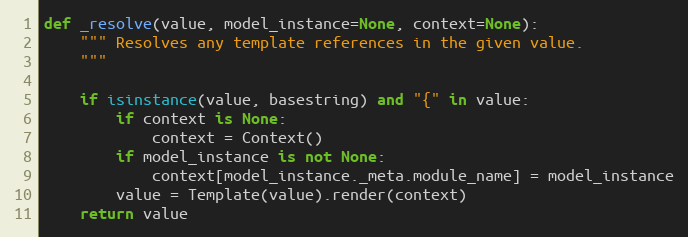
Language: Python
def _resolve(value, model_instance=None, context=None):
    """ Resolves any template references in the given value.
    """

    if isinstance(value, basestring) and "{" in value:
        if context is None:
            context = Context()
        if model_instance is not None:
            context[model_instance._meta.module_name] = model_instance
        value = Template(value).render(context)
    return value